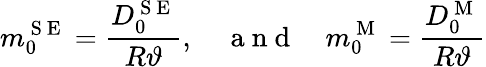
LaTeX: {m}_{0}^{\mathrm{~S~E~}}=\frac{D_{0}^{\mathrm{~S~E~}}}{R\vartheta},\quad\mathrm{~a~n~d~}\quad{m}_{0}^{\mathrm{~M~}}=\frac{D_{0}^{\mathrm{~M~}}}{R\vartheta}